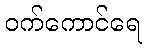
ဝက်ကောင်ရေ